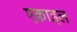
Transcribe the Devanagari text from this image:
एक्राइल